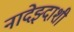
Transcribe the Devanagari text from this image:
नादेझ्दाशी